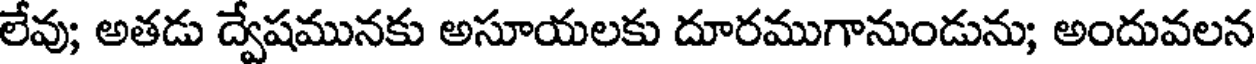
లేవు; అతడు ద్వేషమునకు అసూయలకు దూరముగానుండును; అందువలన